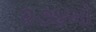
૨૭૪મો